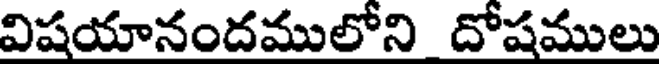
విషయానందములోని దోషములు